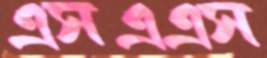
এসএএস